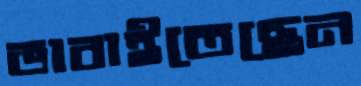
ভাবাইতেছেন